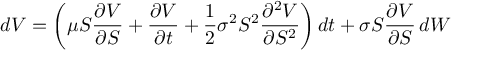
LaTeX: d V = \left( \mu S { \frac { \partial V } { \partial S } } + { \frac { \partial V } { \partial t } } + { \frac { 1 } { 2 } } \sigma ^ { 2 } S ^ { 2 } { \frac { \partial ^ { 2 } V } { \partial S ^ { 2 } } } \right) d t + \sigma S { \frac { \partial V } { \partial S } } \, d W